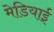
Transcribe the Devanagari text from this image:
मेडियाई